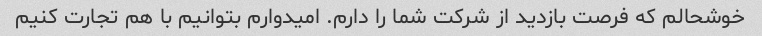
خوشحالم که فرصت بازدید از شرکت شما را دارم. امیدوارم بتوانیم با هم تجارت کنیم